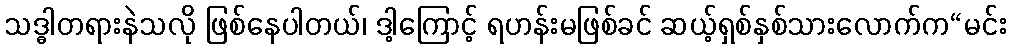
သဒ္ဓါတရားနဲသလို ဖြစ်နေပါတယ်၊ ဒါ့ကြောင့် ရဟန်းမဖြစ်ခင် ဆယ့်ရှစ်နှစ်သားလောက်က“မင်း